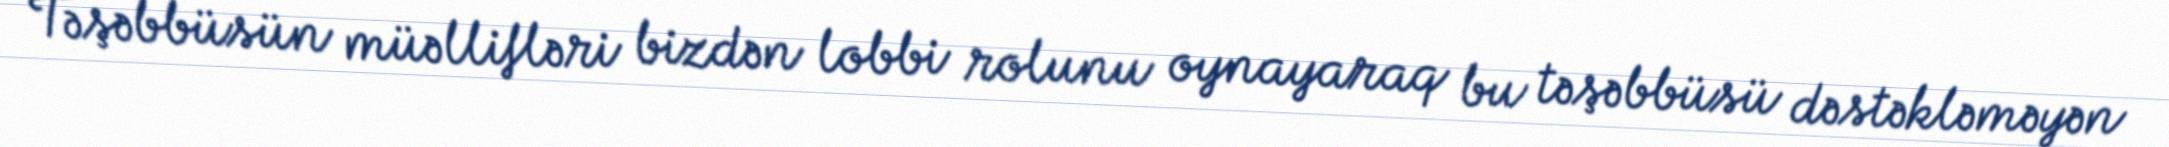
Təşəbbüsün müəllifləri bizdən lobbi rolunu oynayaraq bu təşəbbüsü dəstəkləməyən